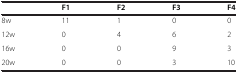
<table><thead><tr><td><b> </b></td><td><b>F1</b></td><td><b>F2</b></td><td><b>F3</b></td><td><b>F4</b></td></tr></thead><tbody><tr><td>8w</td><td>11</td><td>1</td><td>0</td><td>0</td></tr><tr><td>12w</td><td>0</td><td>4</td><td>6</td><td>2</td></tr><tr><td>16w</td><td>0</td><td>0</td><td>9</td><td>3</td></tr><tr><td>20w</td><td>0</td><td>0</td><td>3</td><td>10</td></tr></tbody></table>